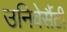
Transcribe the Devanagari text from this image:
उनिवेर्सैटी